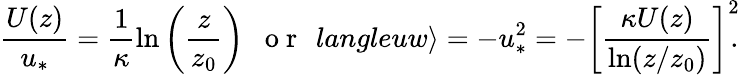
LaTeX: \frac{U(z)}{u_{\ast}}=\frac{1}{\kappa}\ln\left(\frac{z}{z_{0}}\right)\ \ \mathrm{~o~r~}\ \, langleuw\rangle=-u_{\ast}^{2}=-\left[\frac{\kappa U(z)}{\ln(z/z_{0})}\right]^{2}\! \! .